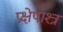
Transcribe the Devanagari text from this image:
प्रक्षेपाश्त्र